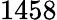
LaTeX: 1458